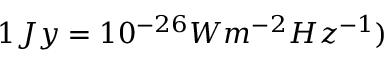
1 J y = 1 0 ^ { - 2 6 } W m ^ { - 2 } H z ^ { - 1 } )